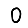
Digit: 0